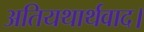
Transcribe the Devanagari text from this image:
अतियथार्थवाद।